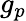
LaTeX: g_{p}